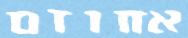
אחוזם